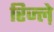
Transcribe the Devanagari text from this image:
रिज्ल़े